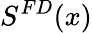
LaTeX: S^{FD}(x)